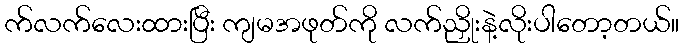
က်လက်လေးထားပြီး ကျမအဖုတ်ကို လက်ညှိုးနဲ့လိုးပါတော့တယ်။